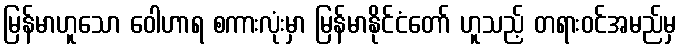
မြန်မာဟူသော ဝေါဟာရ စကားလုံးမှာ မြန်မာနိုင်ငံတော် ဟူသည့် တရားဝင်အမည်မှ